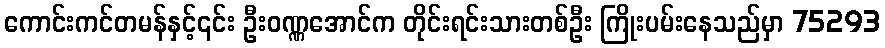
ကောင်းကင်တမန်နှင့်၎င်း ဦးဝဏ္ဏအောင်က တိုင်းရင်းသားတစ်ဦး ကြိုးပမ်းနေသည်မှာ 75293